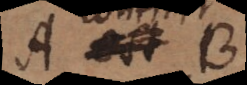
A et B